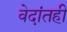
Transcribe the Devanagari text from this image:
वेदांतही